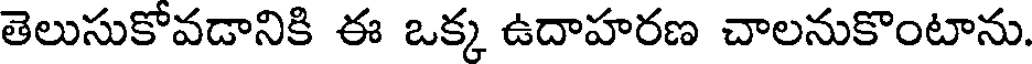
తెలుసుకోవడానికి ఈ ఒక్క ఉదాహరణ చాలనుకొంటాను.